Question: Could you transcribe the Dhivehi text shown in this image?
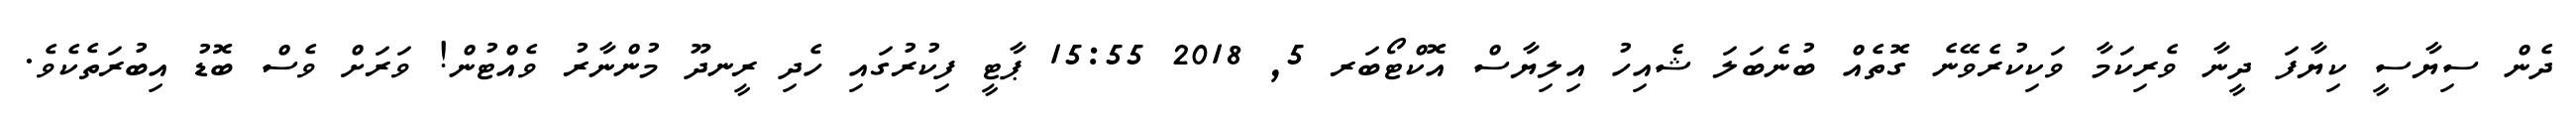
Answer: ދެން ސިޔާސީ ކިޔާފަ ދީނާ ވެރިކަމާ ވަކިކުރެވޭނެ ގޮތެއް ބުނެބަލަ ޝެއިހު އިލިޔާސް އޮކްޓޯބަރ 5, 2018 15:55 ޕާޓީ ފިކުރުގައި ހެދި ރީނދޫ މުންނާރު ވެއްޓުން! ވަރަށް ވެސް ބޮޑު އިބުރަތެކެވެ.